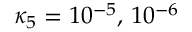
\kappa _ { 5 } = 1 0 ^ { - 5 } , \, 1 0 ^ { - 6 }